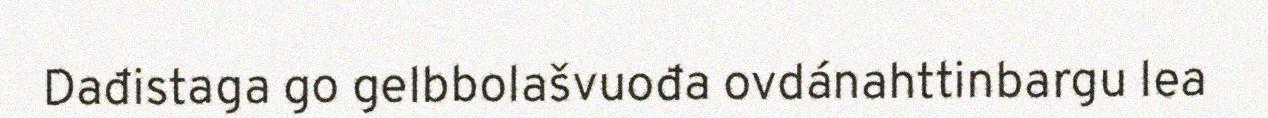
Dađistaga go gelbbolašvuođa ovdánahttinbargu lea